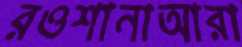
রওশানাআরা